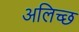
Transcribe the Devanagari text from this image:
अलिच्छ